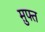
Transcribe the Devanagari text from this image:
म़ुफ्त